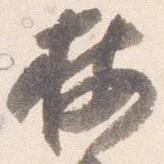
按